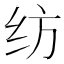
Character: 纺